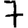
Digit: 7